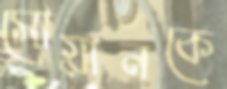
সোয়ানকে